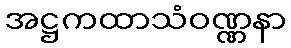
အဋ္ဌကထာသံဝဏ္ဏနာ